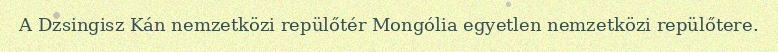
A Dzsingisz Kán nemzetközi repülőtér Mongólia egyetlen nemzetközi repülőtere.